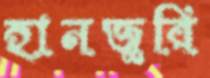
হানজুরি